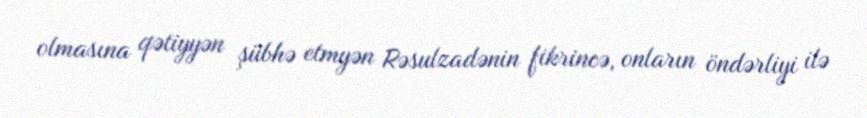
olmasına qətiyyən şübhə etmyən Rəsulzadənin fikrincə, onların öndərliyi ilə